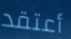
أعتقد